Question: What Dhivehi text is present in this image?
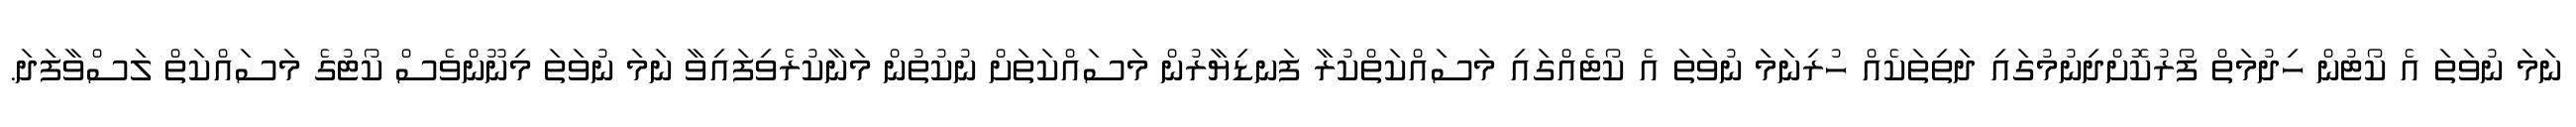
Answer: ނަމަ ނުވަތަ އެ ކޯޓުން ހިދުމަތް ފޯރުކޮށްދިނުމުގައި ދަތިތަކެއް ހުރިނަމަ ނުވަތަ އެ ކޯޓެއްގައި މަސައްކަތްކުރާ ފަނޑިޔާރުން މަސައްކަތަށް ނުކުތުން މަނާކުރެވިފައިވާ ނަމަ ނުވަތަ މިނޫންވެސް ކޯޓުގެ މަސައްކަތް ލަސްވާފަދަ.